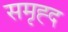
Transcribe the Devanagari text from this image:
समृह्द